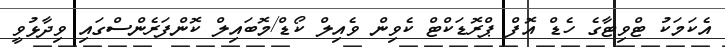
އެކަމަކު ޓްވިޓާގެ ހެޑް އޮފް ޕްރޮޑަކްޓް ކެވިން ވެއިލް ކޯޑް/މޮބައިލް ކޮންފަރެންސްގައި ވިދާޅުވީ